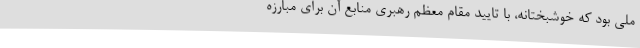
ملی بود که خوشبختانه، با تایید مقام معظم رهبری منابع آن برای مبارزه